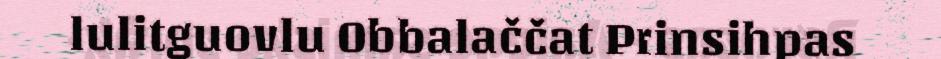
lulitguovlu Obbalaččat Prinsihpas